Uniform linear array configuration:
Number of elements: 4
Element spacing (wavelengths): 0.75
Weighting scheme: hamming
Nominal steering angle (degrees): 0
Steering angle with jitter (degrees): -0.6678
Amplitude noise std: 0.05
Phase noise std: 0.05

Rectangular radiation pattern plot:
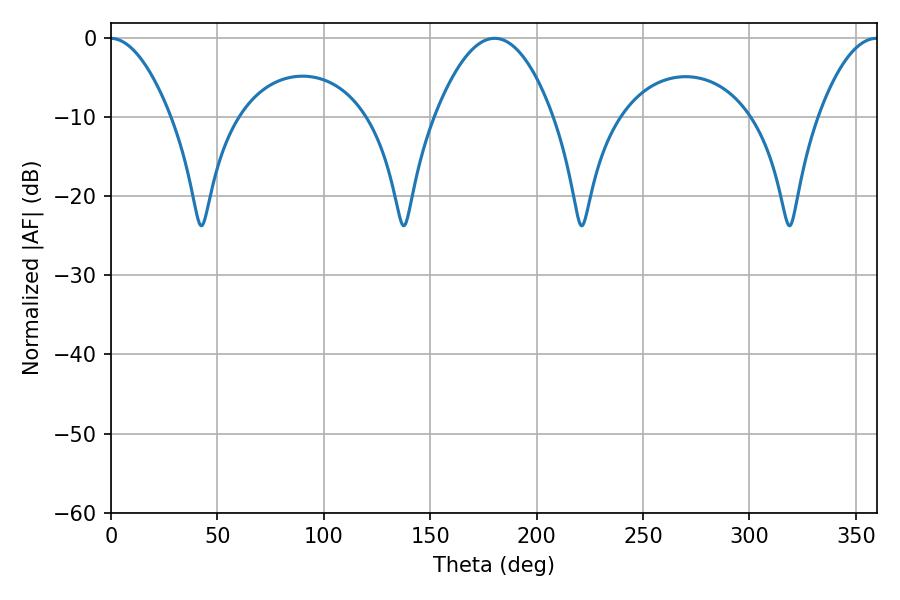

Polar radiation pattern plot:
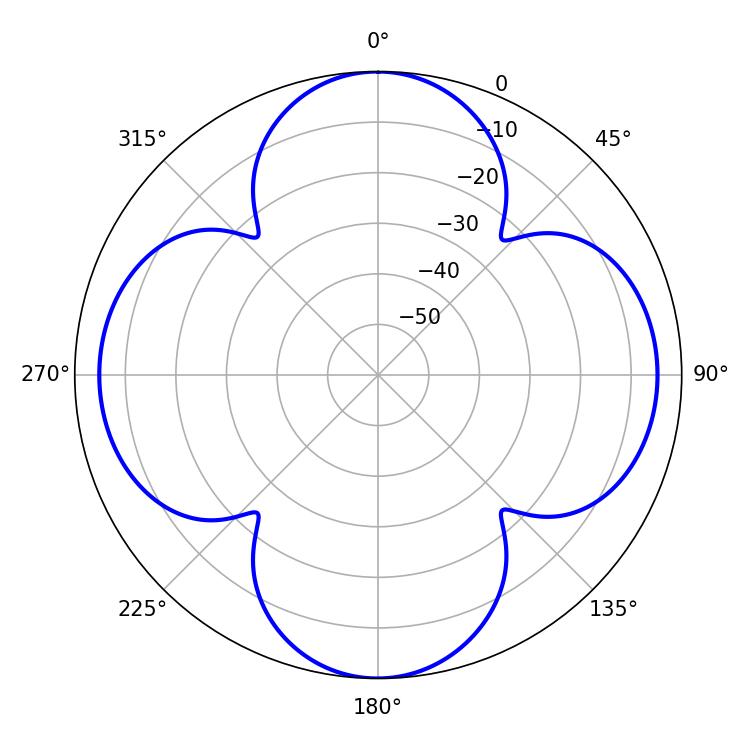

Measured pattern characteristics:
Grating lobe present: TRUE
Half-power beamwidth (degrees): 30.6
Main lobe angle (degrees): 180.18